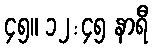
၄၅။ ၁၂:၄၅ နာရီ